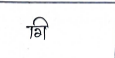
मजकूर: गि